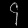
Digit: ၄